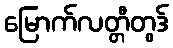
မြောက်လတ္တီတွဒ်